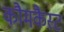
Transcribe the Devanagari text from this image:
कौमकैस्ट